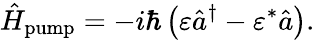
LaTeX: \hat{H}_{\mathrm{pump}}=-i\hbar\left(\varepsilon\hat{a}^{\dagger}-\varepsilon^{*}\hat{a}\right).